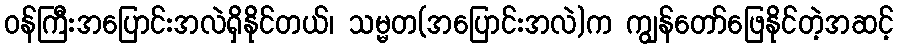
ဝန်ကြီးအပြောင်းအလဲရှိနိုင်တယ်၊ သမ္မတ(အပြောင်းအလဲ)က ကျွန်တော်ဖြေနိုင်တဲ့အဆင့်